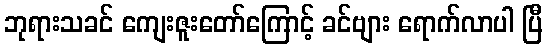
ဘုရားသခင် ကျေးဇူးတော်ကြောင့် ခင်ဗျား ရောက်လာပါ ပြီ